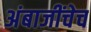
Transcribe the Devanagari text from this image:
अंबाजींचेच